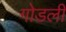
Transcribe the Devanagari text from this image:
गोडली